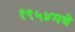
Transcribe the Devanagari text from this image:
१९५४मधे